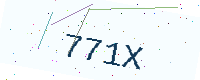
Text: 771X